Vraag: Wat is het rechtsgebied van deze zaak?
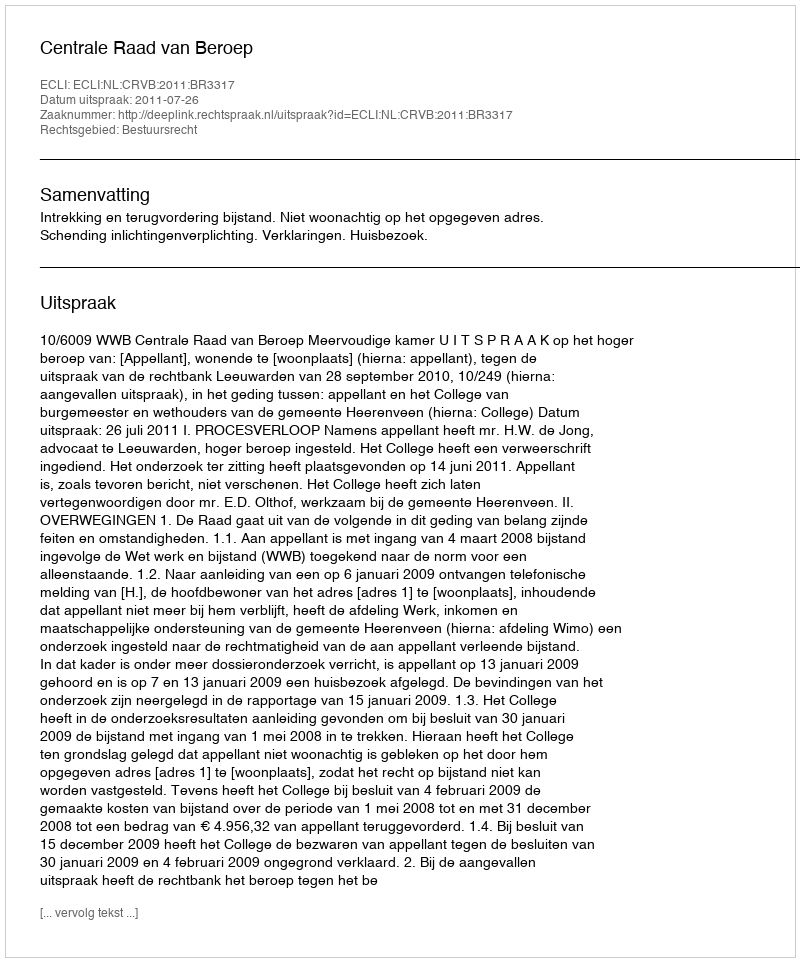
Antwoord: Bestuursrecht